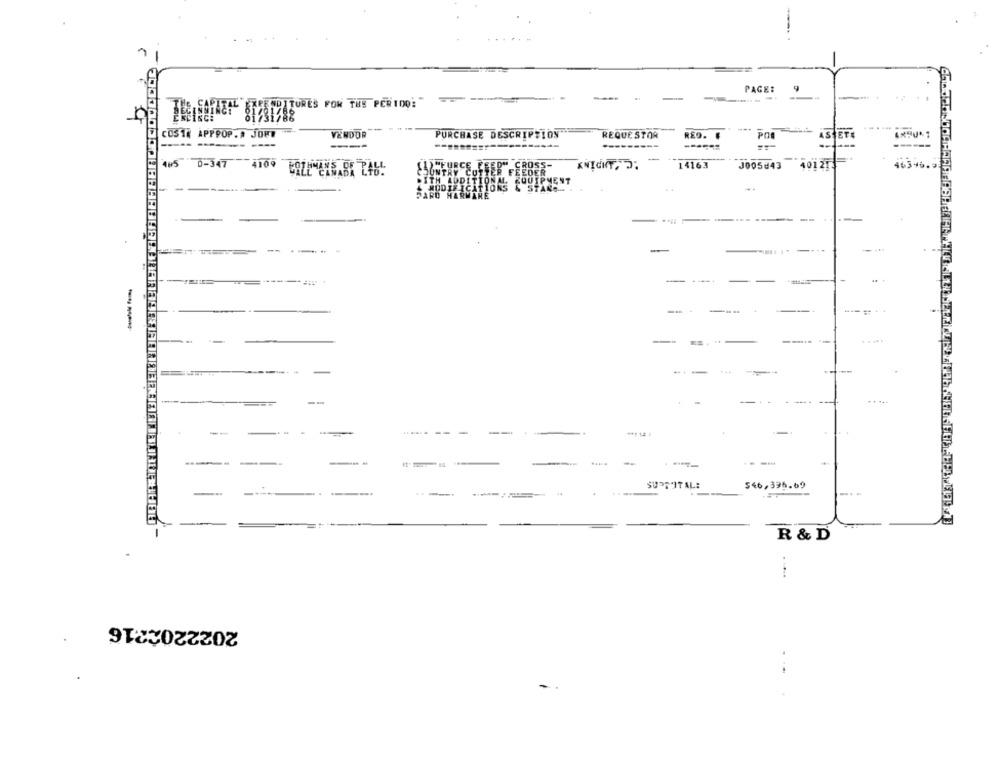
PAGE:
-
EXPENDITURES FOW THE PER100:"
COS 18 APPPOP. # JOPT
VEROOR
PURCHASE DESCRIPTION
REQUESTOR
RED. .
POR
AS
-------
----
---
-
465 0-347 4109
4109
ED" CROSS-
14163
J005#43
40121
(1)"FURCE HIER FEEDER
SONTRY CUTTER
WITH ADDITIONAL EQUIPMENT
---
& MODIFICATIONS & STANS-
PARO HARWARE
-
-
-- -
-
---.
-
--
-...
...
-
-
-
---
--
SURFITAL:
$46,395.69
....
R & D
.....
2022202216